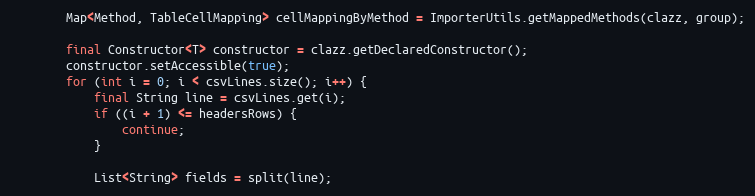
Language: Java
        Map<Method, TableCellMapping> cellMappingByMethod = ImporterUtils.getMappedMethods(clazz, group);

        final Constructor<T> constructor = clazz.getDeclaredConstructor();
        constructor.setAccessible(true);
        for (int i = 0; i < csvLines.size(); i++) {
            final String line = csvLines.get(i);
            if ((i + 1) <= headersRows) {
                continue;
            }

            List<String> fields = split(line);